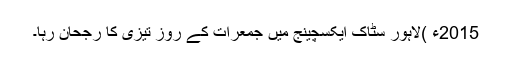
2015ء )لاہور سٹاک ایکسچینج میں جمعرات کے روز تیزی کا رجحان رہا۔